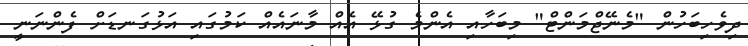
ދިވެހިބަހުން "މެނޭޖްމަންޓް" މިބަހާއި އެންމެ ގުޅޭ އެއް މާނައެއް ކަމުގައި އަޅުގަނޑަށް ފެންނަނީ